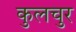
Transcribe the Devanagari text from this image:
कुलचुर